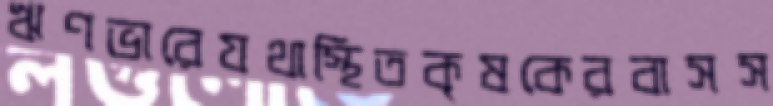
ঋণভারেযথাস্থিতকৃষকেরবাসস